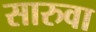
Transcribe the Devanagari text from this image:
सारुवा